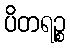
ပိတရဉ္စ